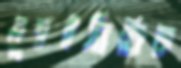
মুম্বইভিত্তিক